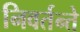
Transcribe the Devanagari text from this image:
निवर्तन्ते